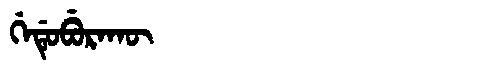
Manchu: ᡤᡝᡩᡠᠪᡠᡵᠠᡴᡡ
Romanization: GEDUBURAKŪ